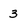
Character: 3